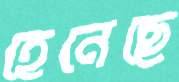
হেনেছে